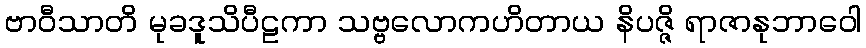
ဗာဝီသာတိ မုခဒူသိပီဠကာ သဗ္ဗလောကဟိတာယ နိပဇ္ဇိ ရာဇာနုဘာဝေါ